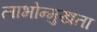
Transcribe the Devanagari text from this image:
लाभोन्मुखता